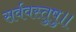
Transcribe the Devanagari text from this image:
सर्ववस्तुषु॥